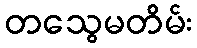
တသွေမတိမ်း